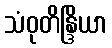
သံဝုတိန္ဒြိယာ